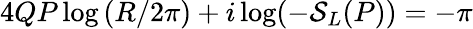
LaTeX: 4QP\log\left(R/2\pi\right)+i\log(-\mathcal{S}_{L}(P))=-\pi